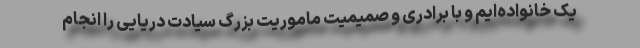
یک خانواده‌ایم و با برادری و صمیمیت ماموریت بزرگ سیادت دریایی را انجام